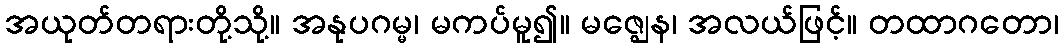
အယုတ်တရားတို့သို့။ အနုပဂမ္မ၊ မကပ်မူ၍။ မဇ္ဈေန၊ အလယ်ဖြင့်။ တထာဂတော၊